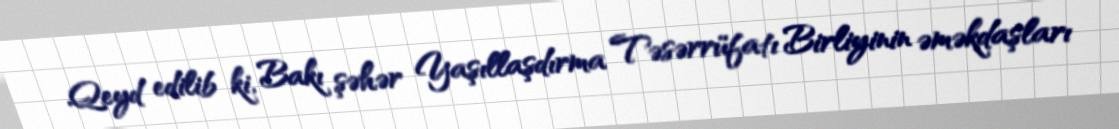
Qeyd edilib ki, Bakı şəhər Yaşıllaşdırma Təsərrüfatı Birliyinin əməkdaşları